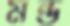
মন্ড